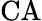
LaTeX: \mathrm{CA}